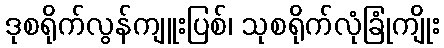
ဒုစရိုက်လွန်ကျူးပြစ်၊ သုစရိုက်လုံခြုံကျိုး